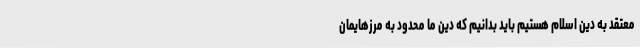
معتقد به دین اسلام هستیم باید بدانیم که دین ما محدود به مرزهایمان